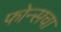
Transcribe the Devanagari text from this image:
फोन्सचा